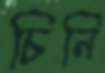
চিনি